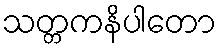
သတ္တကနိပါတော